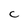
Character: C